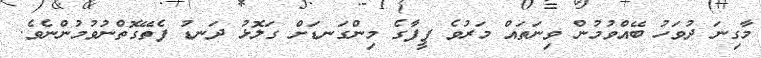
މާގިނަ ދުވަހު ބޭއްވުމުން ވިނަތައް މަރުވެ ފީފާގެ މިންގަނޑަށް ގަލޮޅު ދަނޑު ފެތޭގޮތްނުވުމުންނެވެ.